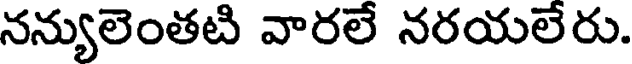
నన్యులెంతటి వారలే నరయలేరు.